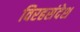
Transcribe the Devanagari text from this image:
विरहसंदेश